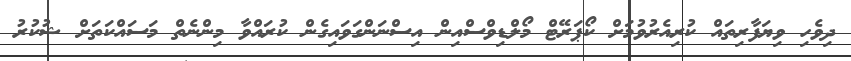
ދިވެހި ވިޔަފާރިތައް ކުރިއެރުވުމަށް ކޯޕަރޭޓް މޯލްޑިވްސްއިން އިސްނަންގަވައިގެން ކުރައްވާ މިންނެތް މަސައްކަތަށް ޝުކުރު